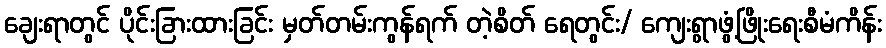
ချေးရာတွင် ပိုင်းခြားထားခြင်း မှတ်တမ်းကွန်ရက် တဲ့စိတ် ရေတွင်း/ ကျေးရွာဖွံ့ဖြိုးရေးစီမံကိန်း